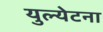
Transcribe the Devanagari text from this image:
युल्येटना